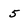
Character: 5